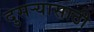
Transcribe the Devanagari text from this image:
दुसर्‍यासाठी